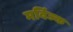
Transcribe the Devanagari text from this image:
मर्विज्क